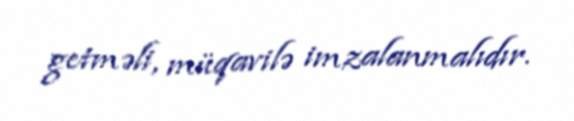
getməli, müqavilə imzalanmalıdır.